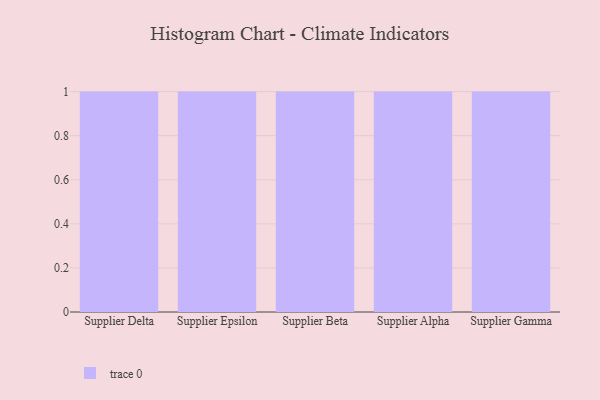
{"axis": {"x": "Supplier", "y": "Demand Index"}, "legend": [""], "data": [{"x": "Supplier Delta", "y": 88, "type": ""}, {"x": "Supplier Epsilon", "y": 83, "type": ""}, {"x": "Supplier Beta", "y": 78, "type": ""}, {"x": "Supplier Alpha", "y": 91, "type": ""}, {"x": "Supplier Gamma", "y": 13, "type": ""}]}